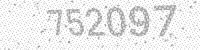
Solution: 752097